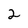
Character: 2